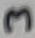
Text: 3